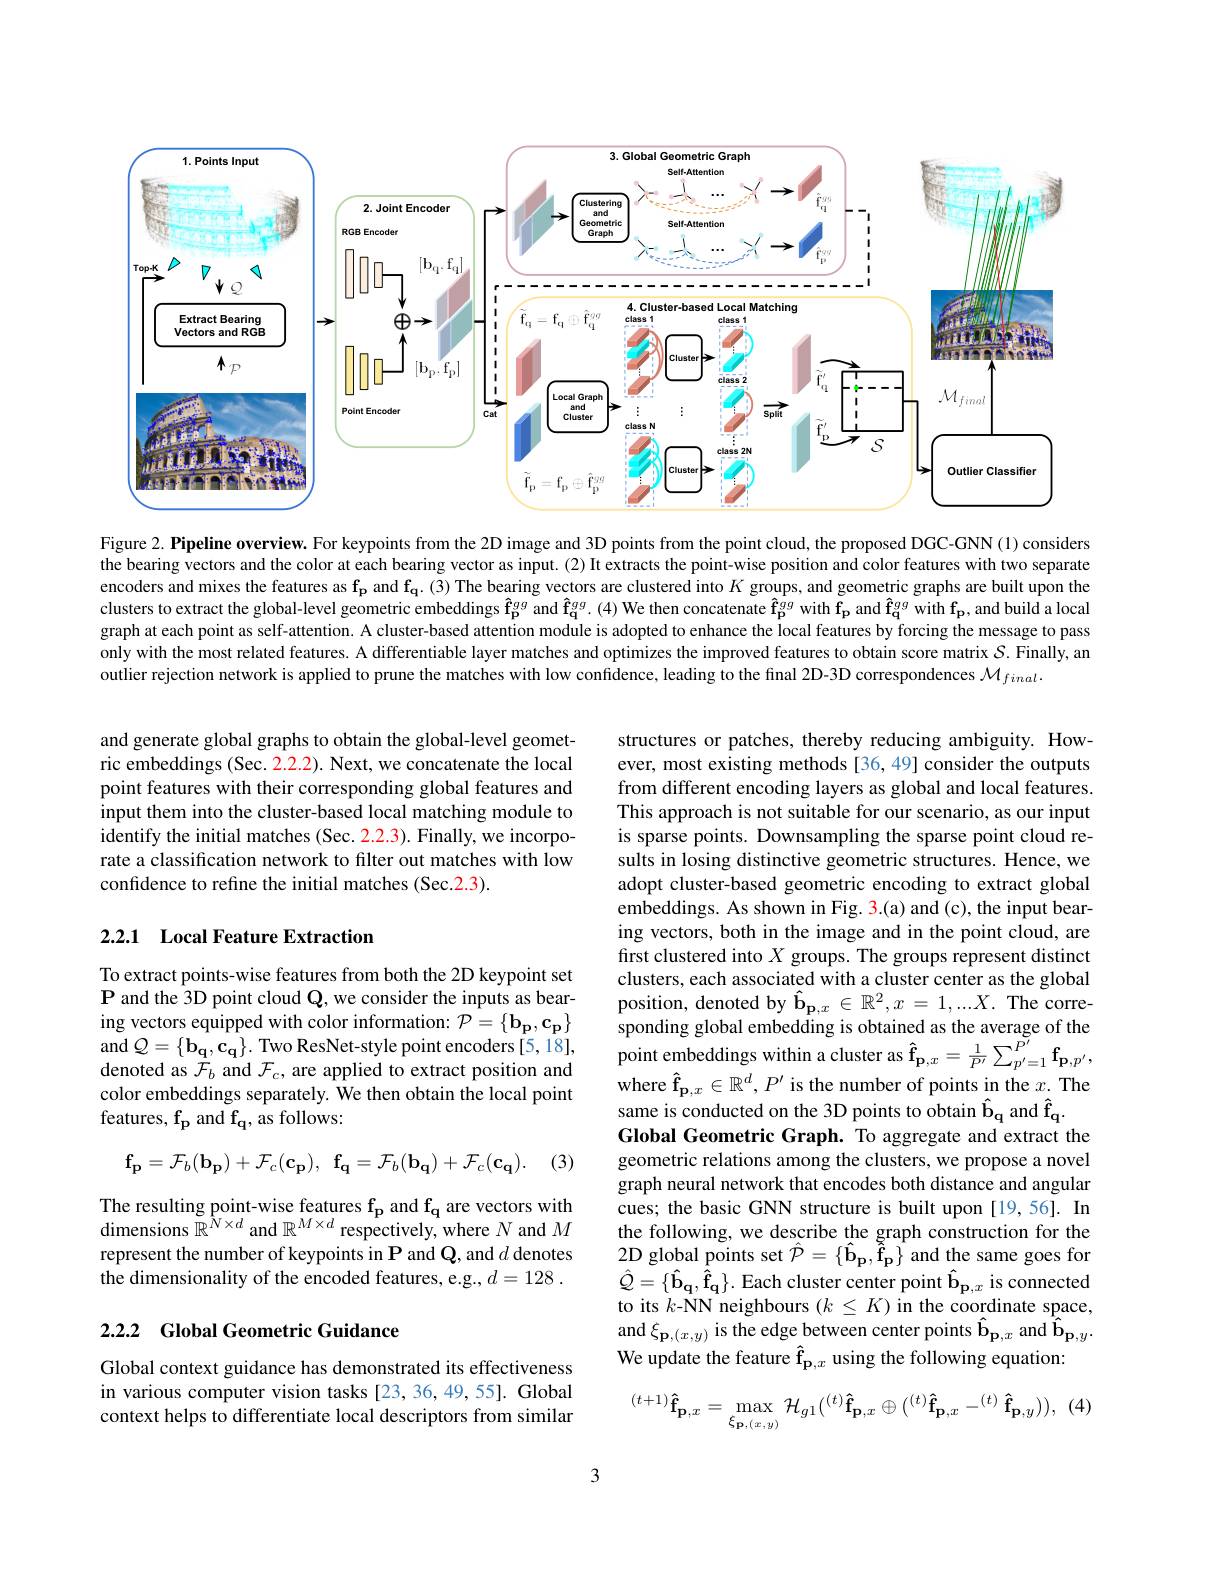
<FigureHere>

Figure 2. Pipeline overview. For keypoints from the 2D image and 3D points from the point cloud, the proposed DGC-GNN (1) considers the bearing vectors and the color at each bearing vector as input. (2) It extracts the point-wise position and color features with two separate encoders and mixes the features as $\mathbf{f_p}$ and $\mathbf{f_q.(3)}$ The bearing vectors are clustered into $K$ groups, and geometric graphs are built upon the clusters to extract the global-level geometric embeddings $\widehat{\mathbf{f}}_{\mathbf{p}}^{gg}$ and $\widehat{\mathbf{f}}_{\mathbf{q}}^{gg}.(4)$ We then concatenate $\widehat{\mathbf{f}}_{\mathbf{p}}^{gg}$ with $\mathbf{f}_{\mathbf{p}}$ and $\widehat{\mathbf{f}}_{\mathbf{q}}^{gg}$ with $\mathbf{f}_{\mathbf{p}}$, and build a local graph at each point as self-attention. A cluster-based attention module is adopted to enhance the local features by forcing the message to pass only with the most related features. A differentiable layer matches and optimizes the improved features to obtain score matrix $S$. Finally, an outlier rejection network is applied to prune the matches with low confidence, leading to the final 2D-3D correspondences $\mathcal{M}_{final}.$

and generate global graphs to obtain the global-level geometric embeddings (Sec. 2.2.2). Next, we concatenate the local point features with their corresponding global features and input them into the cluster-based local matching module to $\hat{\text{identify the initial matches(Sec. 2.2.3).Finally,we incorpo-}}$ rate a classification network to filter out matches with low confidence to refine the initial matches (Sec.2.3).

## 2.2.1 Local Feature Extraction

To extract points-wise features from both the 2D keypoint set P and the 3D point cloud $\mathbf{Q}$, we consider the inputs as bearing vectors equipped with color information: $\mathcal{P}=\{\mathbf{b}_{\mathbf{p}},\mathbf{c}_{\mathbf{p}}\}$ and $Q=\{\mathbf{b_{q},c_{q}}\}.$ Two ResNet-style point encoders [5,18], denoted as $\mathcal{F}_b$ and $\mathcal{F}_c$, are applied to extract position and color embeddings separately. We then obtain the local point features, fp and fq, as follows:

structures or patches, thereby reducing ambiguity. However, most existing methods [36,49] consider the outputs from different encoding layers as global and local features. This approach is not suitable for our scenario, as our input is sparse points. Downsampling the sparse point cloud results in losing distinctive geometric structures. Hence, we adopt cluster-based geometric encoding to extract global embeddings. As shown in Fig. 3.(a) and (c), the input bearing vectors, both in the image and in the point cloud, are first clustered into $X$ groups. The groups represent distinct clusters, each associated with a cluster center as the global position, denoted by $\hat{\mathbf{b}}_{\mathbf{p},x}\in\mathbb{R}^{2},x=1,...X.$ The corresponding global embedding is obtained as the average of the point embeddings within a cluster as $\hat{\mathbf{f}}_{\mathbf{p},x}=\frac1{P^{\prime}}\sum_{p^{\prime}=1}^{\tilde{P}^{\prime}}\mathbf{f}_{\mathbf{p},p^{\prime}}$, where $\hat{\mathbf{f}}_{\mathbf{p},x}\in\mathbb{R}^d,P^{\prime}$ is the number of points in the $x.$ The same is conducted on the 3D points to obtain $\hat{\mathbf{b}}_{\mathbf{q}}$ and $\hat{\mathbf{f}}_{\mathbf{q}}.$
Global Geometric Graph. To aggregate and extract the geometric relations among the clusters, we propose a novel graph neural network that encodes both distance and angular cues; the basic GNN structure is built upon [19,56]. In the following, we describe the graph construction for the 2D global points set $\hat{\mathcal{P}}=\{\hat{\mathbf{b}}_{\mathbf{p}},\tilde{\tilde{\mathbf{f}}}_{\mathbf{p}}\}$ and the same goes for $\hat{\mathcal{Q}}=\{\hat{\mathbf{b}}_{\mathbf{q}},\hat{\mathbf{f}}_{\mathbf{q}}\}.$ Each cluster center point $\hat{\mathbf{b}}_{\mathbf{p},x}$ is connected to its $k$-NN neighbours $(k\leq K)$ in the coordinate space, and $\xi_{\mathbf{p},(x,y)}$ is the edge between center points $\hat{\mathbf{b}}_{\mathbf{p},x}$ and $\hat{\mathbf{b}}_{\mathbf{p},y}.$ We update the feature $\hat{\mathbf{f}}_{\mathbf{p},x}$ using the following equation:
$$^{(t+1)}\mathbf{\hat{f}}_{\mathbf{p},x}=\max_{\xi_{\mathbf{p},(x,y)}}\mathcal{H}_{g1}(^{(t)}\mathbf{\hat{f}}_{\mathbf{p},x}\oplus(^{(t)}\mathbf{\hat{f}}_{\mathbf{p},x}-^{(t)}\mathbf{\hat{f}}_{\mathbf{p},y})),$$
(3)
$$\mathbf{f_{p}}=\mathcal{F}_{b}(\mathbf{b_{p}})+\mathcal{F}_{c}(\mathbf{c_{p}}),\:\mathbf{f_{q}}=\mathcal{F}_{b}(\mathbf{b_{q}})+\mathcal{F}_{c}(\mathbf{c_{q}}).$$
The resulting point-wise features $\mathbf{f_{p}}$ and $\mathbf{f_{q}}$ are vectors with ${\text{dimensions }\mathbb{R}^{\hat{N}\times d}}$ and $\mathbb{R}^M\times d$ respectively, where $N$ and $M$ represent the number of keypoints in P and $\mathbf{Q}$,and $d$ denotes the dimensionality of the encoded features, e.g., $d= 128$ .

## 2.2.2 Global Geometric Guidance

Global context guidance has demonstrated its effectiveness in various computer vision tasks [23,36,49,55]. Global context helps to differentiate local descriptors from similar

3